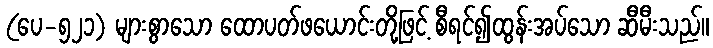
(ပေ-၅၂၁) များစွာသော ထောပတ်ဖယောင်းတို့ဖြင့် စီရင်၍ထွန်းအပ်သော ဆီမီးသည်။